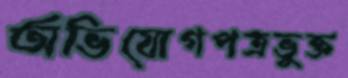
অভিযোগপত্রভুক্ত